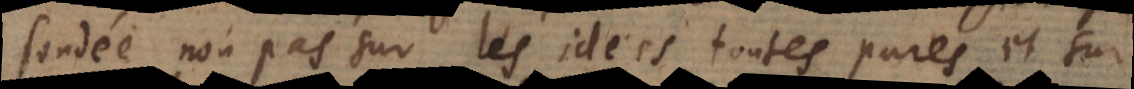
fondée non pas sur les idées toutes pures, et sur